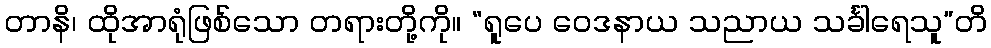
တာနိ၊ ထိုအာရုံဖြစ်သော တရားတို့ကို။ “ရူပေ ဝေဒနာယ သညာယ သင်္ခါရေသူ”တိ